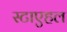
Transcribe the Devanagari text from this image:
स्टाएहल